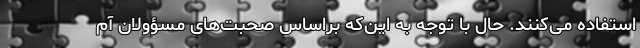
استفاده می‌کنند. حال با توجه به این‌که براساس صحبت‌های مسؤولان آم